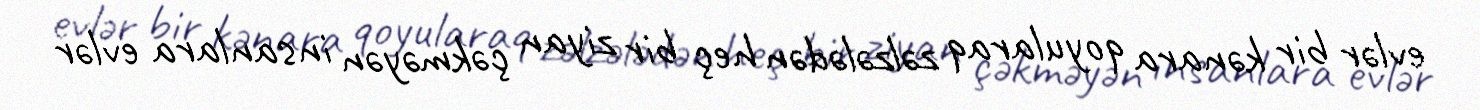
evlər bir kənara qoyularaq zəlzələdən heç bir ziyan çəkməyən insanlara evlər